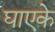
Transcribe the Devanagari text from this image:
घाएके